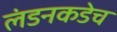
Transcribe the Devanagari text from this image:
लंडनकडेच